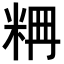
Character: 𥹣